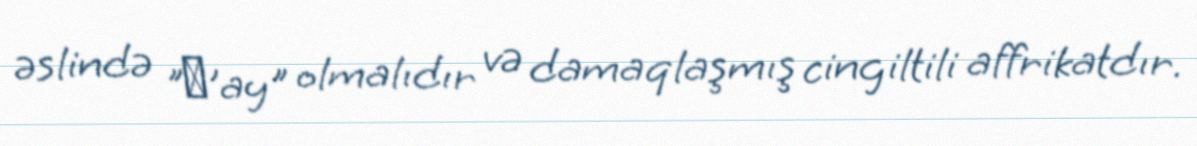
əslində "Ʒ’ay" olmalıdır və damaqlaşmış cingiltili affrikatdır.